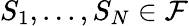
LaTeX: S_{1},...,S_{N}\in\mathcal{F}